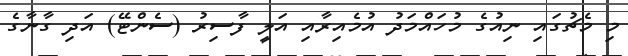
މި މެޗުގައި ނިއުގެ މުހައްމަދު އުމެއިރާއި އަލީ ފާސިރު (ސެންޓޭ) އަދި ގާނާގެ